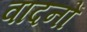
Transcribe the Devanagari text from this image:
वादनों